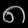
Digit: ၈